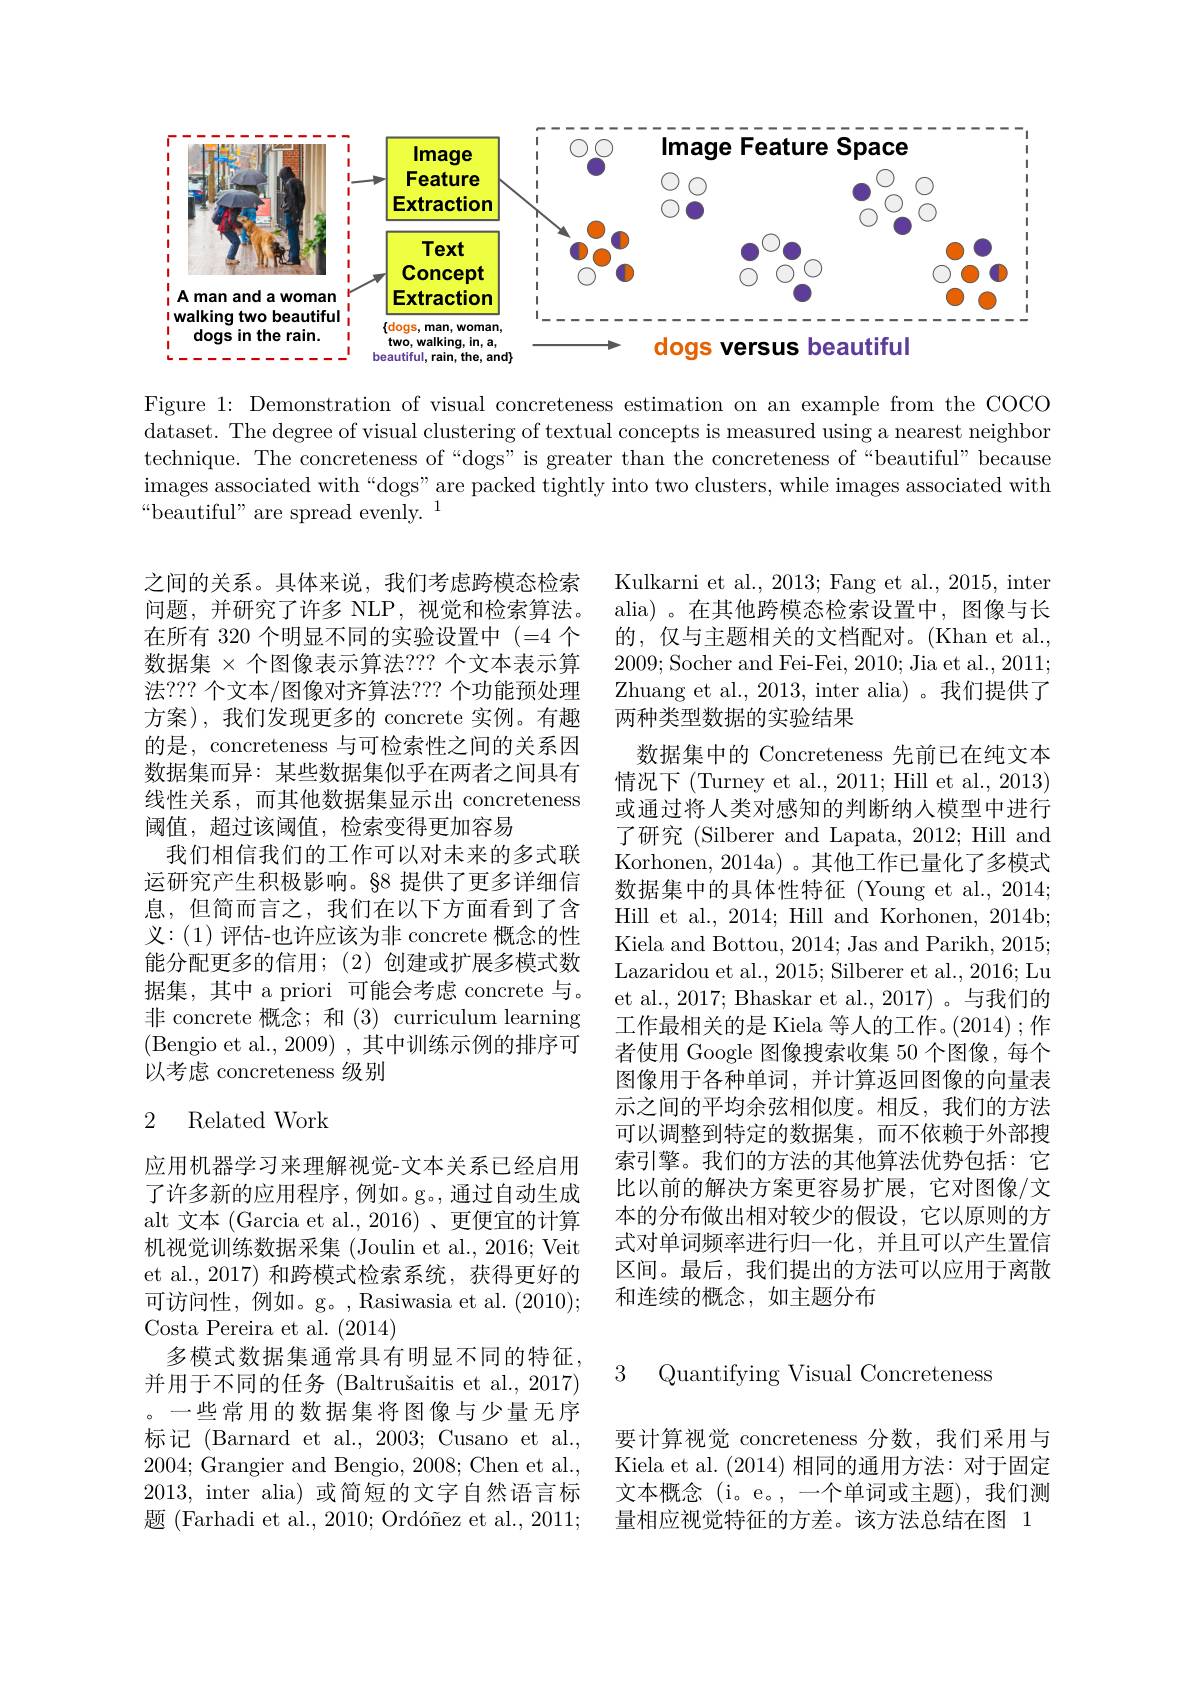
<FigureHere>

Figure 1: Demonstration of visual concreteness estimation on an example from the COCO dataset. The degree of visual clustering of textual concepts is measured using a nearest neighbor technique. The concreteness of“dogs” is greater than the concreteness of“beautiful" because images associated with “ dogs" are packed tightly into two clusters, while images associated with $“$beautiful" are spread evenly.$^1$

之间的关系。具体来说，我们考虑跨模态检索问题，并研究了许多 NLP,视觉和检索算法。在所有 320 个明显不同的实验设置中 (=4 个数据集$\times$个图像表示算法？?? 个文本表示算法？?? 个文本/图像对齐算法？?? 个功能预处理方案),我们发现更多的 concrete 实例。有趣的是，concreteness 与可检索性之间的关系因数据集而异：某些数据集似乎在两者之间具有线性关系，而其他数据集显示出 concreteness 阈值，超过该阈值，检索变得更加容易
我们相信我们的工作可以对未来的多式联运研究产生积极影响。§8 提供了更多详细信息，但简而言之，我们在以下方面看到了含义：(1) 评估-也许应该为非 concrete 概念的性能分配更多的信用；(2)创建或扩展多模式数据集，其中 a priori 可能会考虑 concrete 与。非 concrete 概念；和(3) curriculum learning (Bengio et al., 2009) , 其中训练示例的排序可以考虑 concreteness 级别

Kulkarni et al., 2013; Fang et al., 2015, inter alia)。在其他跨模态检索设置中，图像与长的，仅与主题相关的文档配对。(Khan et al., 2009;Socher and Fei-Fei, 2010; Jia et al., 2011; Zhuang et al., 2013, inter alia)。我们提供了两种类型数据的实验结果
数据集中的 Concreteness 先前已在纯文本情况下(Turney et al., 2011; Hill et al., 2013) 或通过将人类对感知的判断纳入模型中进行了研究 (Silberer and Lapata, 2012; Hill and Korhonen, 2014a) 。其他工作已量化了多模式数据集中的具体性特征 (Young et al., 2014; Hill et al., 2014; Hill and Korhonen, 2014b; Kiela and Bottou, 2014; Jas and Parikh, 2015; Lazaridou et al., 2015; Silberer et al., 2016; Lu et al., 2017; Bhaskar et al., 2017)。与我们的工作最相关的是 Kiela 等人的工作。(2014) ; 作者使用 Google 图像搜索收集 50 个图像，每个图像用于各种单词，并计算返回图像的向量表示之间的平均余弦相似度。相反，我们的方法可以调整到特定的数据集，而不依赖于外部搜索引擎。我们的方法的其他算法优势包括：它比以前的解决方案更容易扩展，它对图像/文本的分布做出相对较少的假设，它以原则的方式对单词频率进行归一化，并且可以产生置信区间。最后，我们提出的方法可以应用于离散和连续的概念，如主题分布

### 2 Related Work

应用机器学习来理解视觉-文本关系已经启用了许多新的应用程序，例如。g。,通过自动生成alt 文本(Garcia et al.,2016)、更便宜的计算机视觉训练数据采集 (Joulin et al., 2016; Veit et al.,2017)和跨模式检索系统，获得更好的可访问性，例如。g。,Rasiwasia et al. (2010); Costa Pereira et al. (2014)
多模式数据集通常具有明显不同的特征并用于不同的任务 (Baltrušaitis et al., 2017) 。一些常用的数据集将图像与少量无序标记 (Barnard et al.,2003; Cusano et al. 2004;Grangier and Bengio, 2008; Chen et al., 2013, inter alia)或简短的文字自然语言标题 (Farhadi et al., 2010; Ordóñez et al., 2011;

3 Quantifying Visual Concreteness

要计算视觉 concreteness 分数，我们采用与Kiela et al. (2014)相同的通用方法：对于固定文本概念(i。e。,一个单词或主题),我们测量相应视觉特征的方差。该方法总结在图 1